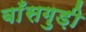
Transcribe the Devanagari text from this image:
बाँसगुड़ी